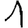
Digit: 1